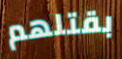
بقتلهم